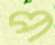
প